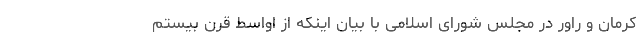
کرمان و راور در مجلس شورای اسلامی با بیان اینکه از اواسط قرن بیستم